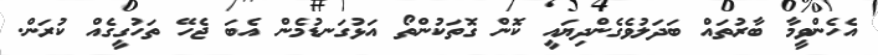
އެހެންވީމާ ބާރުތައް ބަދަލުވެގެންދިޔައީ ކޮން ގޮތަކުންތޯ އަޅުގަނޑުމެން އެބަ ޖެހޭ ތަހުގީގެއް ކުރަން.